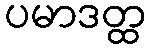
ပမာဒတ္ထ